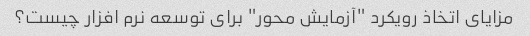
مزایای اتخاذ رویکرد "آزمایش محور" برای توسعه نرم افزار چیست؟